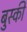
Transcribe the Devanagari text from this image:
बुस्की